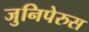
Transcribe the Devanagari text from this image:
जुनिपेरुस